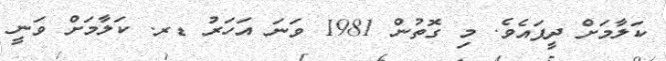
ކަލާމަށް ދީފައެވެ. މި ގޮތުން 1981 ވަނަ އަހަރު ޑރ. ކަލާމަށް ވަނީ